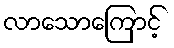
လာသောကြောင့်